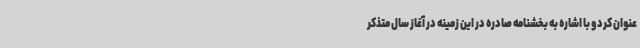
عنوان کرد و با اشاره به بخشنامه صادره در این زمینه در آغاز سال متذکر